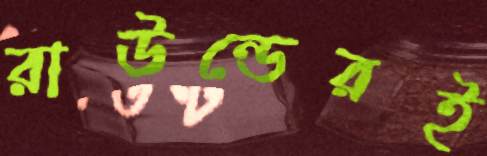
রাউন্ডেরই